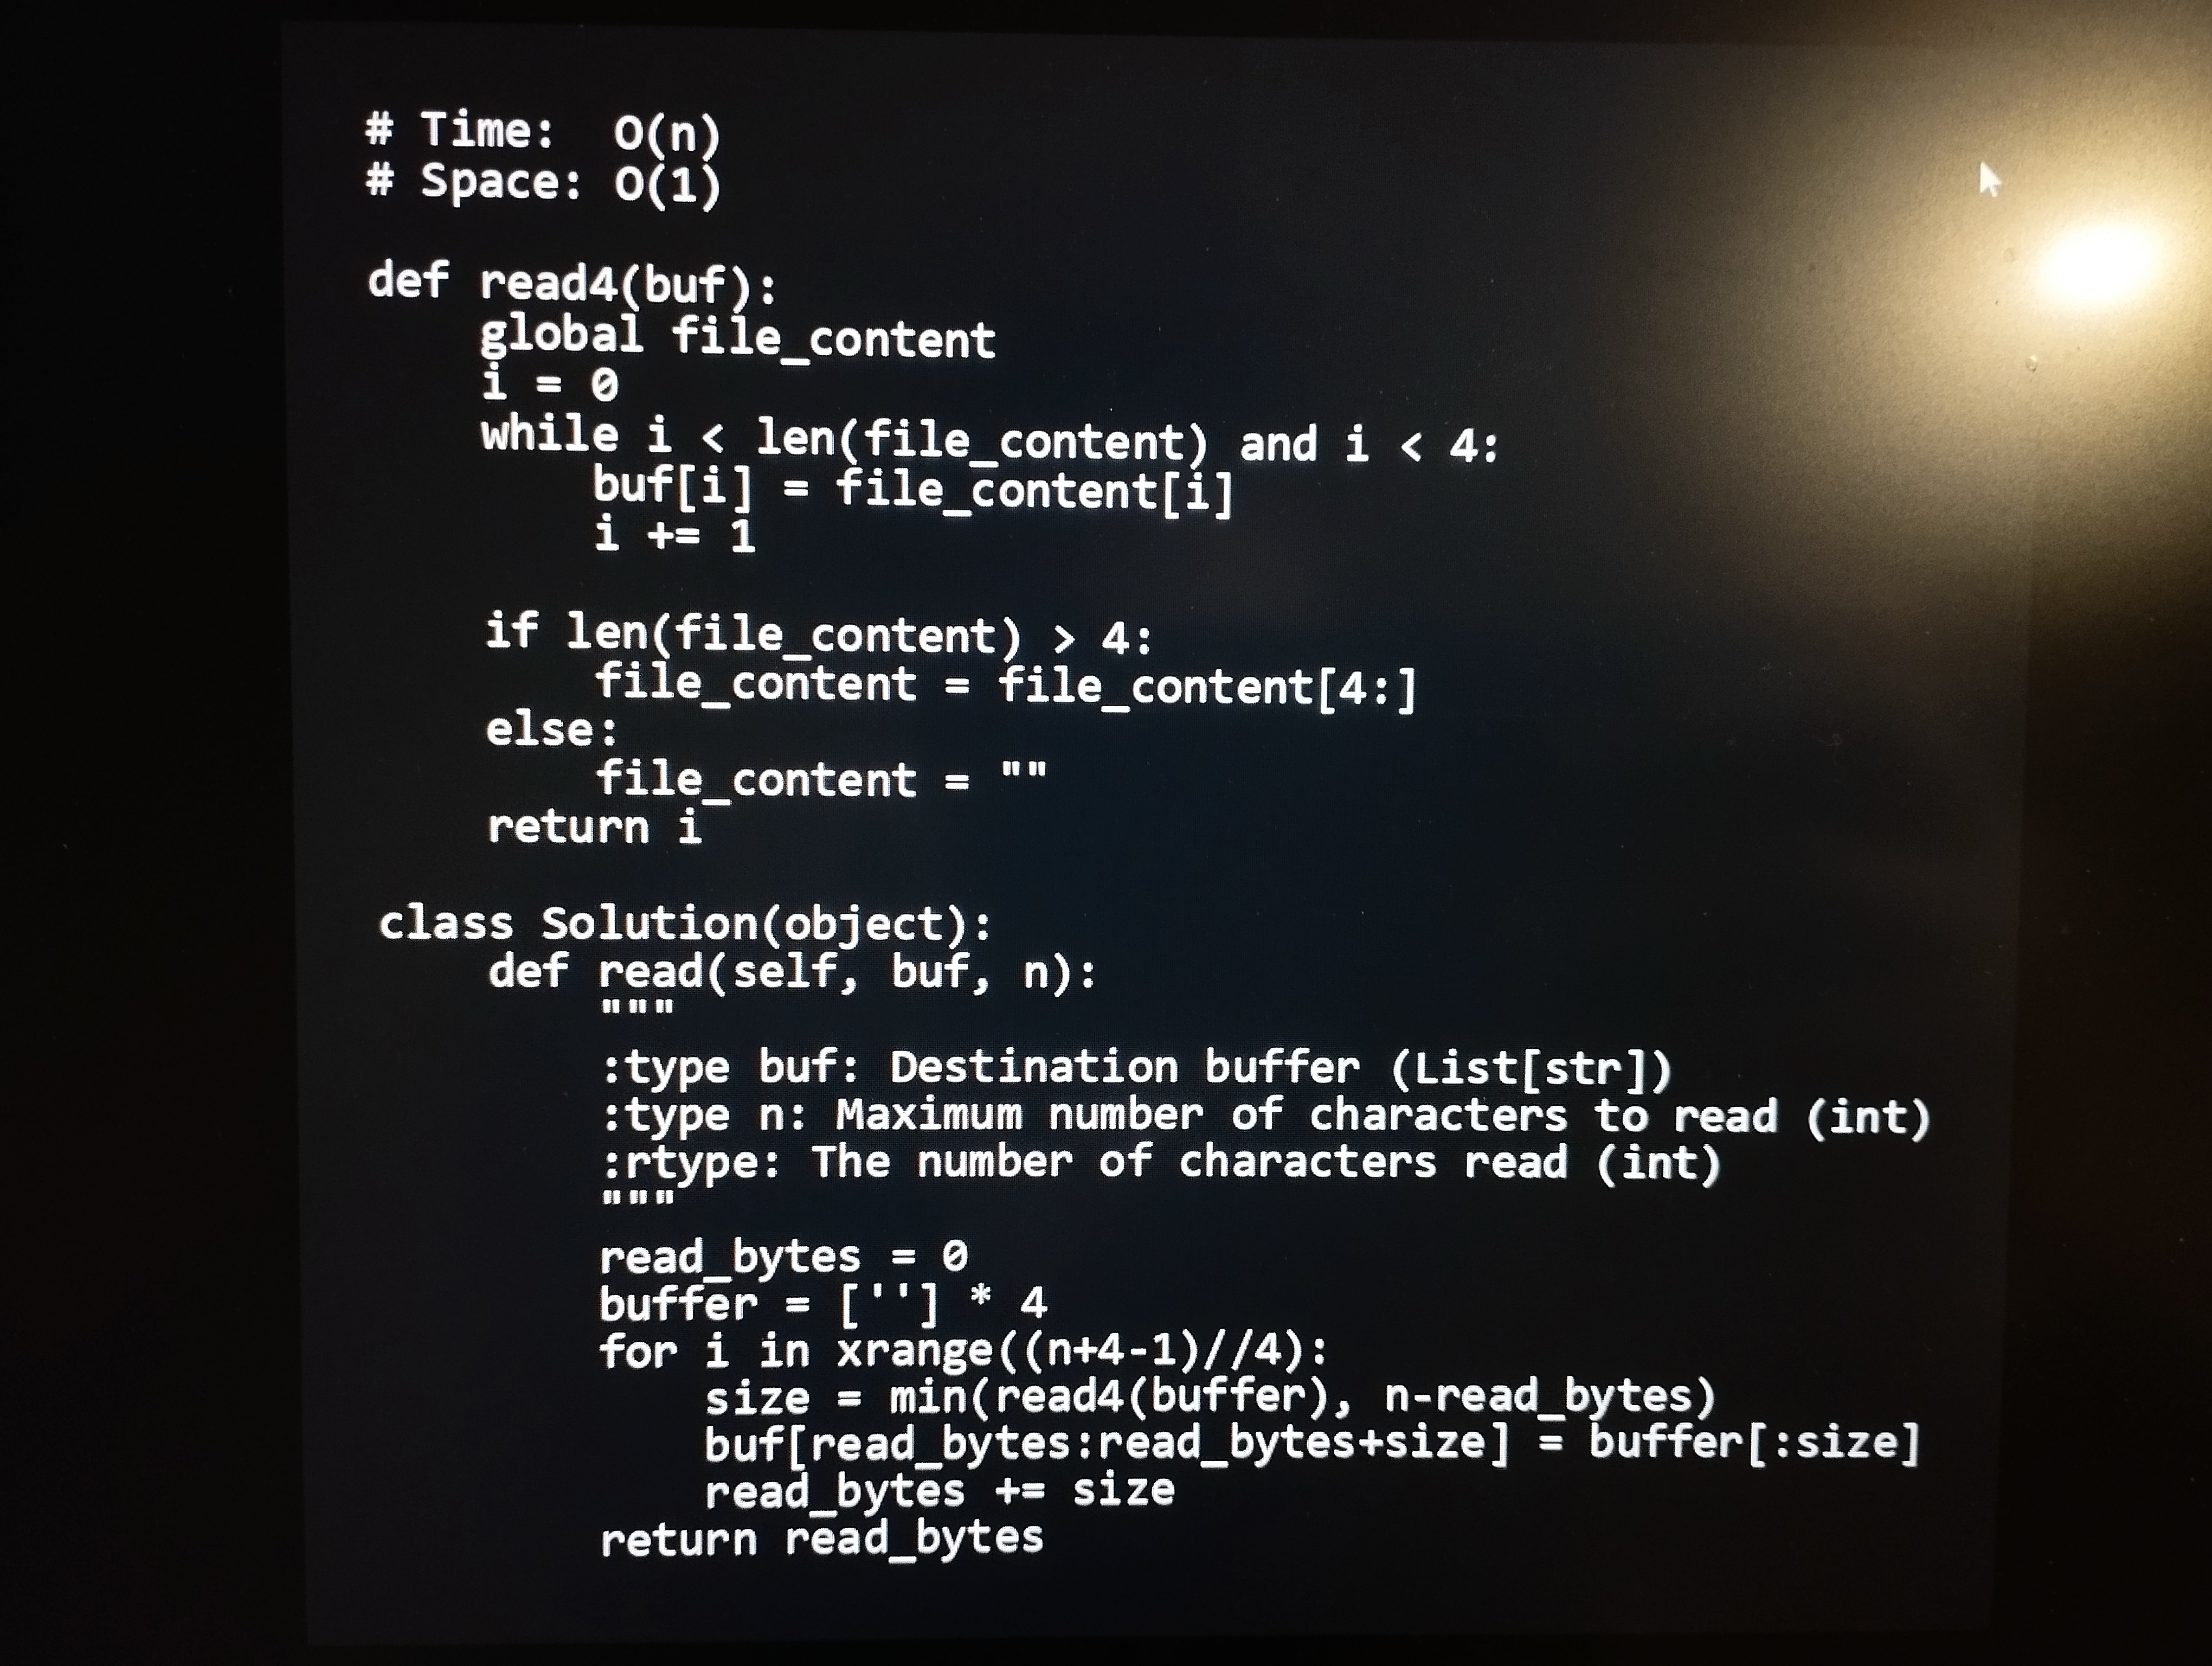
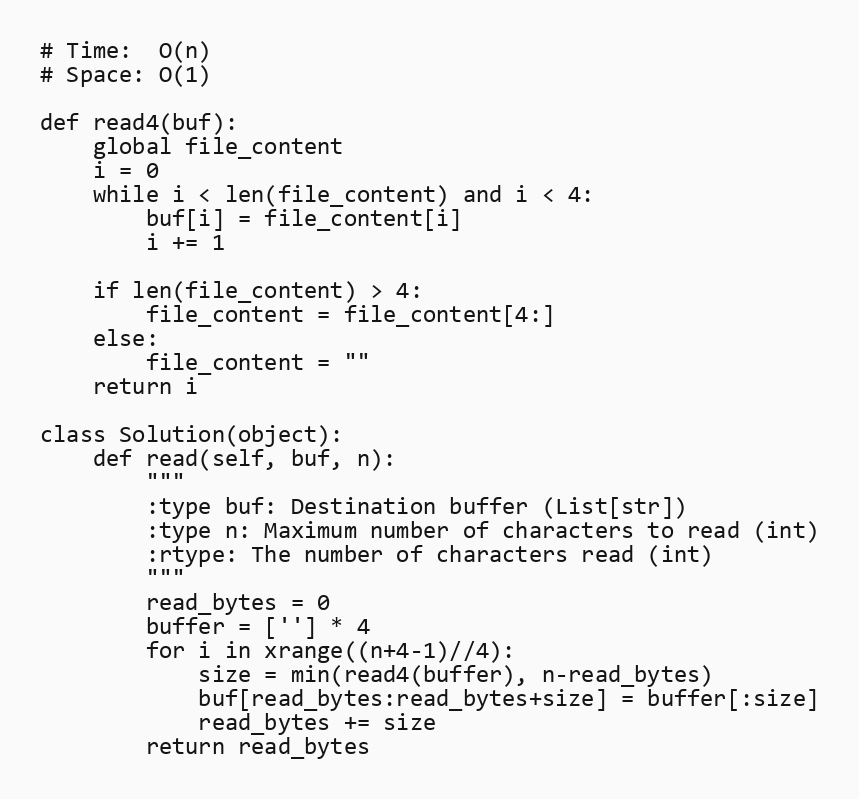
# Time:  O(n)
# Space: O(1)

def read4(buf):
    global file_content
    i = 0
    while i < len(file_content) and i < 4:
        buf[i] = file_content[i]
        i += 1

    if len(file_content) > 4:
        file_content = file_content[4:]
    else:
        file_content = ""
    return i

class Solution(object):
    def read(self, buf, n):
        """
        :type buf: Destination buffer (List[str])
        :type n: Maximum number of characters to read (int)
        :rtype: The number of characters read (int)
        """
        read_bytes = 0
        buffer = [''] * 4
        for i in xrange((n+4-1)//4):
            size = min(read4(buffer), n-read_bytes)
            buf[read_bytes:read_bytes+size] = buffer[:size]
            read_bytes += size
        return read_bytes